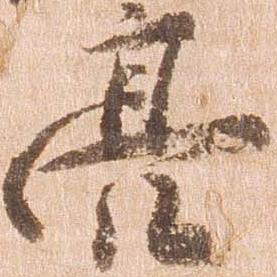
亮